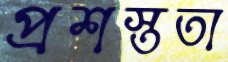
প্রশস্ততা